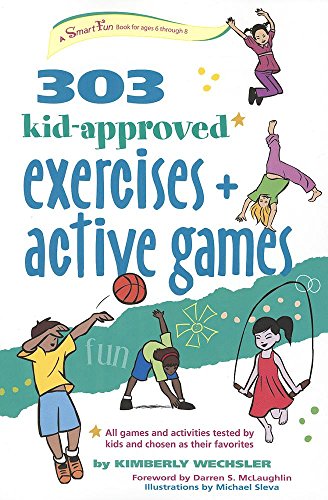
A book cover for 303 Kid-Approved Exercises and Active Games (SmartFun Activity Books); Kimberly Wechsler; Health, Fitness & Dieting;